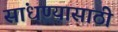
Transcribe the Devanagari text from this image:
सांधण्यासाठी